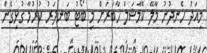
މިއަދު ހެނދުނު މާލޭ ކޮމާޝަލް ހާބަރަށް މި ބޯޓު ބަނދަރު ކުރުމާ ގުޅިގެން